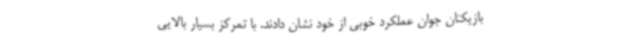
بازیکنان جوان عملکرد خوبی از خود نشان دادند. با تمرکز بسیار بالایی